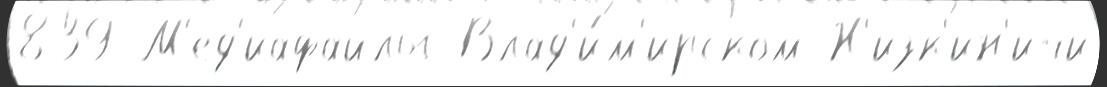
839 М'ед'иафайлы Влад'и́м'ирском Н'изк'ин'ичи